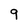
Character: 9